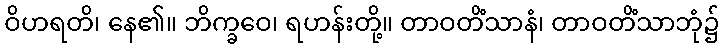
ဝိဟရတိ၊ နေ၏။ ဘိက္ခဝေ၊ ရဟန်းတို့။ တာဝတိံသာနံ၊ တာဝတိံသာဘုံ၌